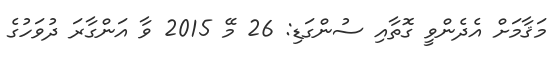
މަޤާމަށް އެދެންވީ ގޮތާއި ސުންގަޑި: 26 މޭ 2015 ވާ އަންގާރަ ދުވަހުގެ